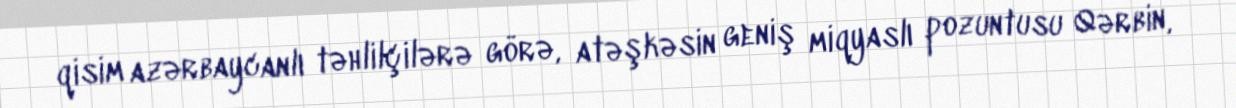
qisim azərbaycanlı təhlilçilərə görə, atəşkəsin geniş miqyaslı pozuntusu Qərbin,